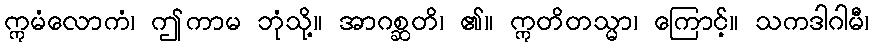
ဣမံလောကံ၊ ဤကာမ ဘုံသို့။ အာဂစ္ဆတိ၊ ၏။ ဣတိတသ္မာ၊ ကြောင့်။ သကဒါဂါမီ၊